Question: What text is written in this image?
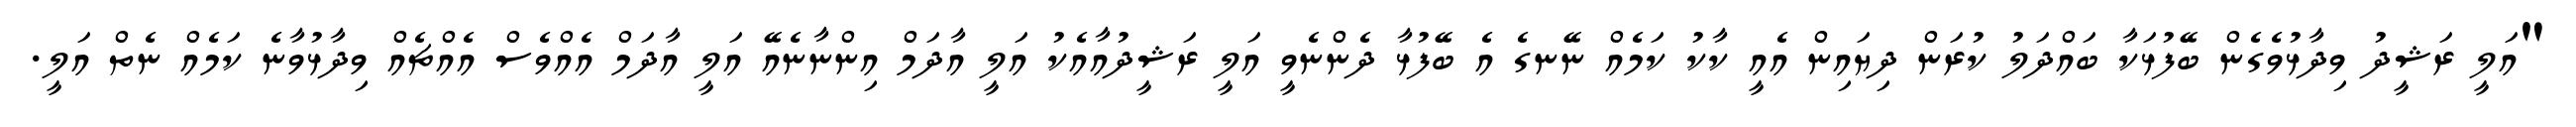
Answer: "އަލީ ރަޝީދު ވިދާޅުވެގެން ބޭފުޅަކާ ބައްދަލު ކުރަން ދިޔައިން އެއީ ކާކު ކަމެއް ނޭނގެ އެ ބޭފުޅާ ދެންނެވީ އަލީ ރަޝީދުއާއެކު އަލީ އާދަމް އިންނާނެއޭ އަލީ އާދަމް އެއްވެސް އެއްޗެއް ވިދާޅުވާނެ ކަމެއް ނެތް އަލީ.